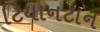
ટિયાનટાન